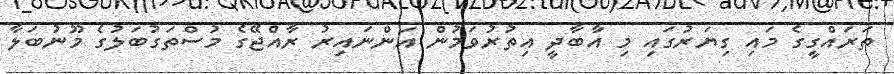
ތަރައްގީގެ މައި ގިޔަރުގައި މި އާބާދީ އިތުރުވަމުން އަންނައިރު ރާއްޖޭގެ މުސްތަގުބަލުގެ މޫނުބަލާ